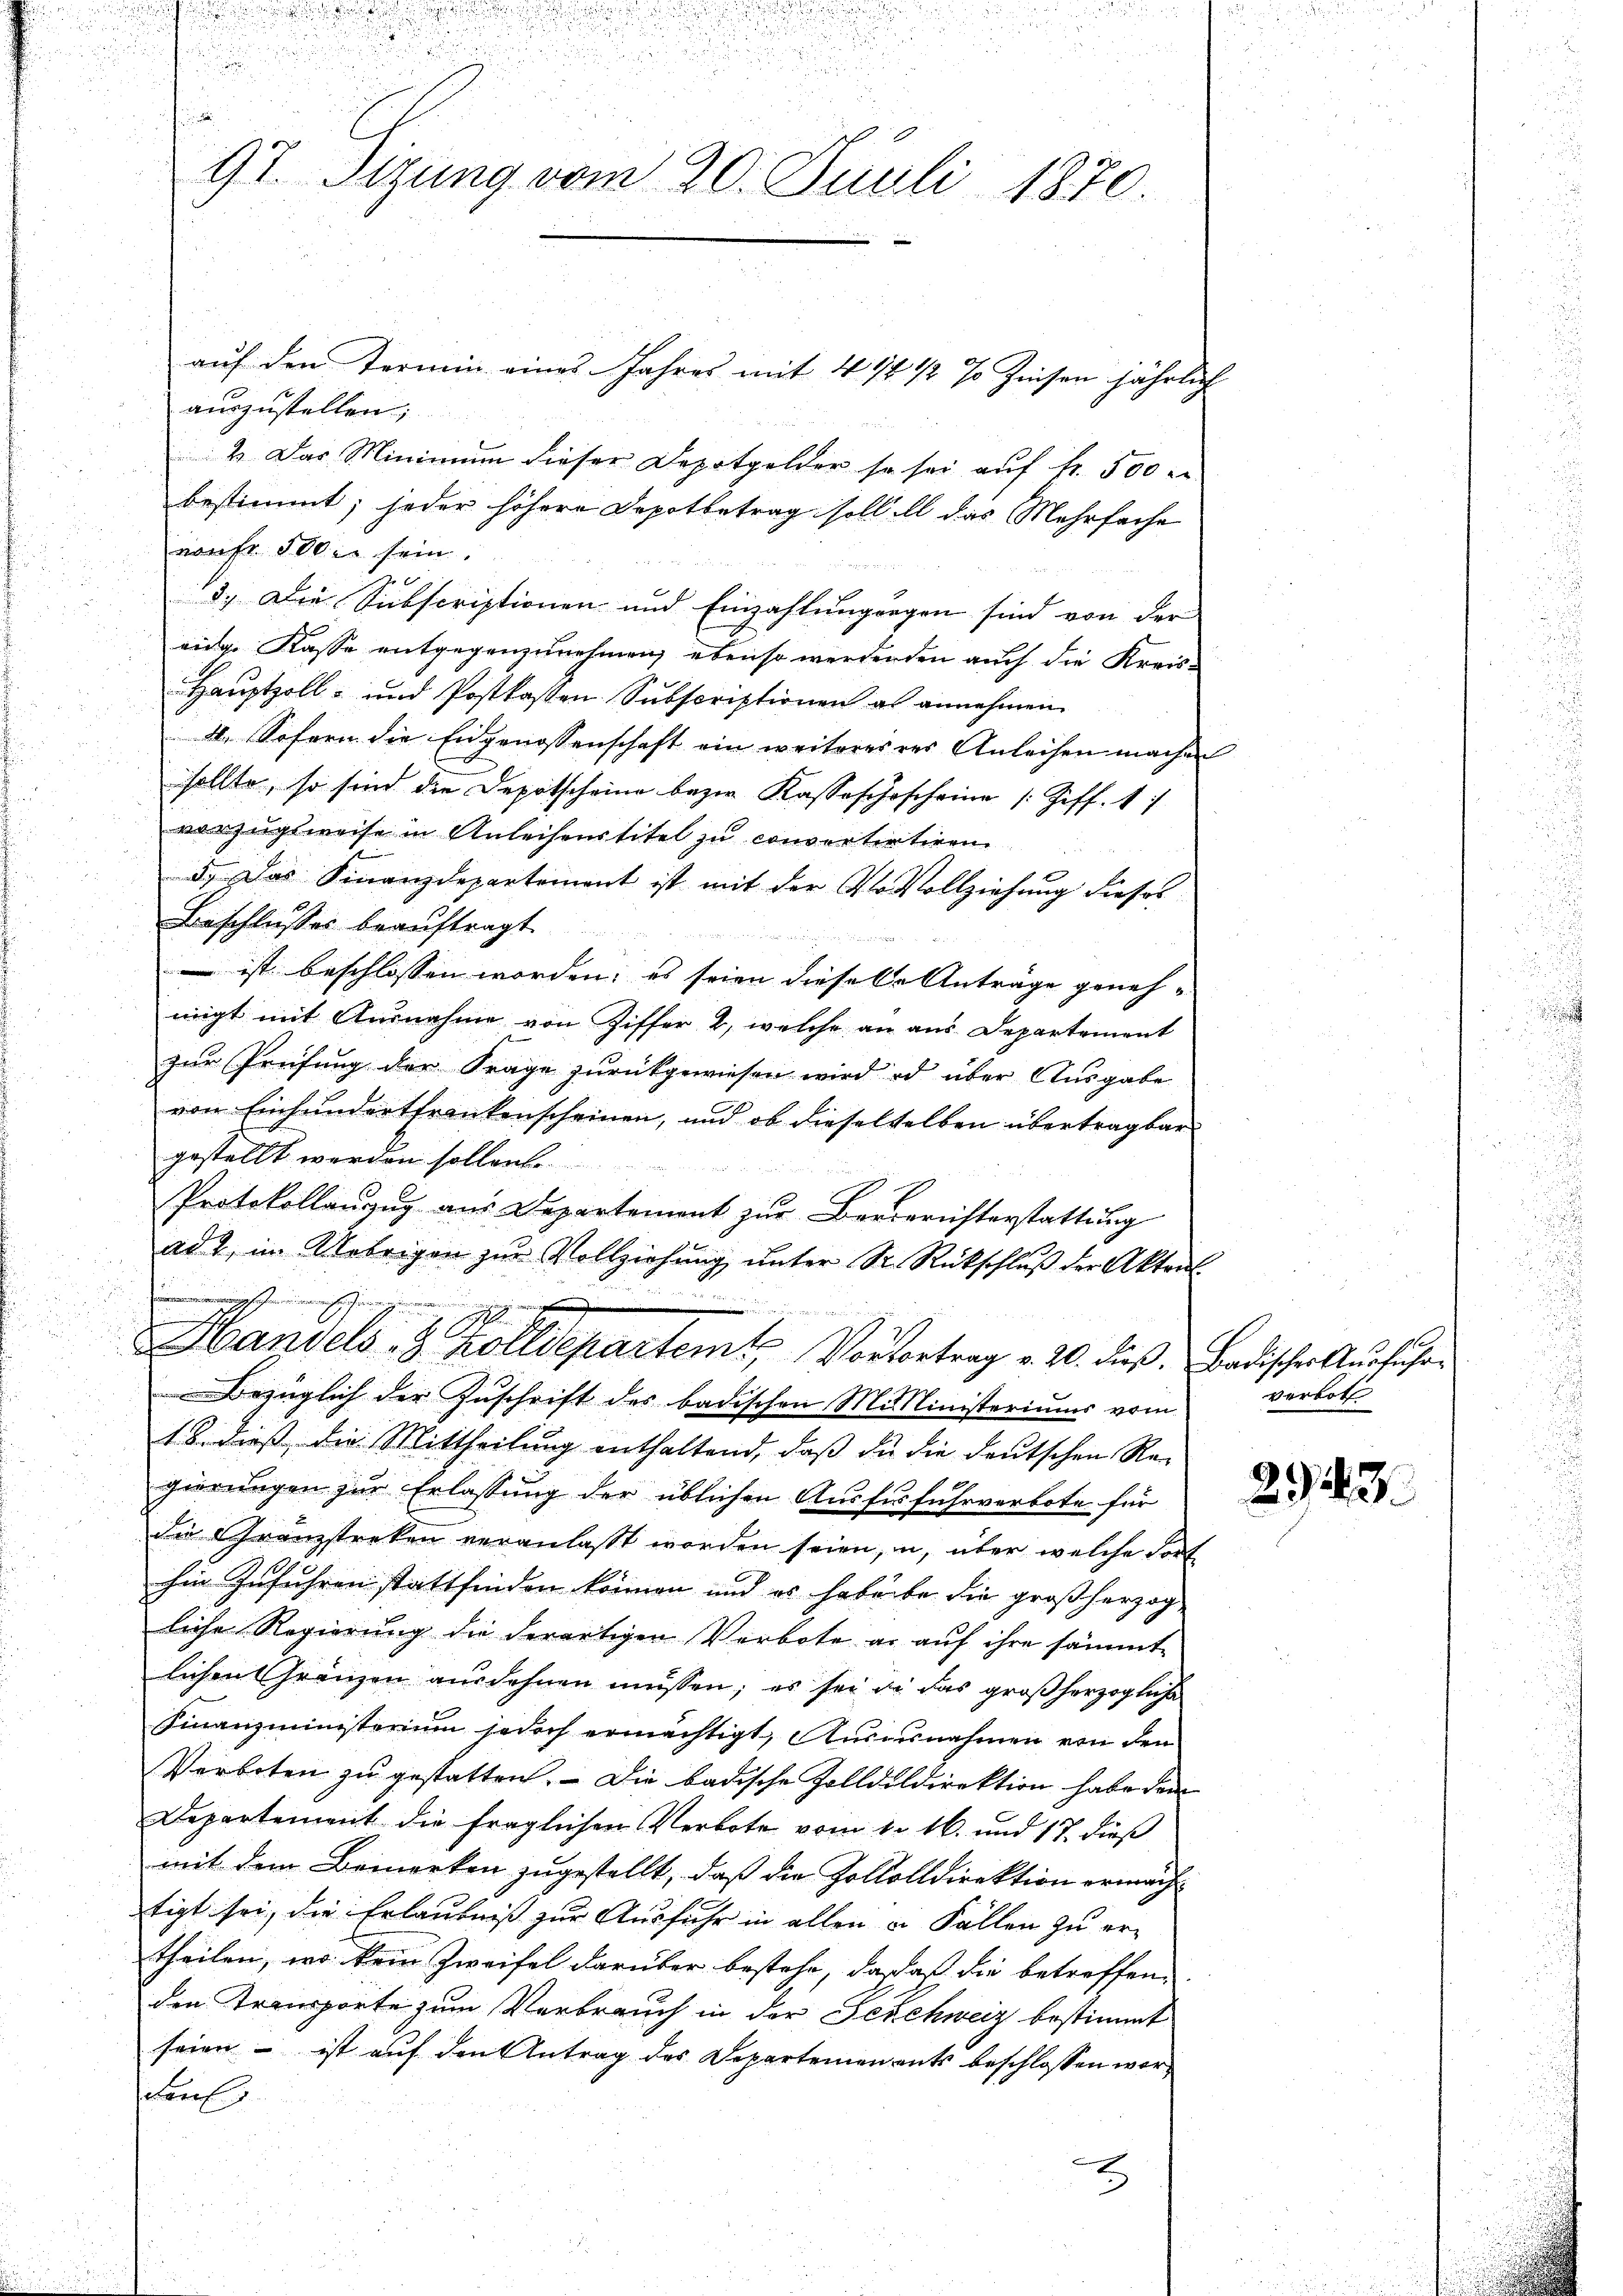
i
.
i
97. Sizung vom 20. Juli 1870.

aŭf den Termin eines Jahres mit 4 1/2 1/2 % Zinsen jährlich
auszustellen;
2. Das Minimum dieser Depotgelder so sei auf fr. 500
bestimmt; jeder höhere Depotbetrag soll ill das Mehrfache
naufe de sein.
  ich gegen
20
13.) Die Subscriptionen und Einzahlungungen sind von der
eidg. Kasse entgegenzunehmen; ebenso werdenden auch die Kreis¬
Hauptzoll- und Postkassen Subscriptionen es annehmen.
4. Sofern die Eidgenossenschaft ein weiteres rer Anleihen machen
sollte, so sind die Depotscheine bezer Kassaschoscheine (Ziff. 17
vorzugsweise in Anleihenstitel zu convertertiren
5. Das Finanzdepartement ist mit der 4to Vollziehung dieses
Beschlusses beauftragt.
   den
 ist beschlossen worden; es seien diesele Anträge geneh-
nigt mit Ausnahme von Ziffer 2, welche an aus Departement
zur Prüfung der Frage zurückgewiesen wird od über Ausgabe
von Einhundertfrankenscheinen, und ob dieselselben übertragbar
gestellt werden sollen.
Protokollanzug aus Departement zŭr Beereristerstattung
ad 2, im Uebrigen zŭr Vollziehŭng ŭnter Sr. Rückschlŭβ der Aktens
.
Handels- & Zolldepartemt, Vorbertrag v. 20. dieß. Badischer Ausführ
Bezüglich der Zuschrift des badischen Misslinisteriums vom
18. diess die Mittheilung enthaltend, daß die die deutschen Regierungen zur Erlassung der üblichen Ausfüsfuhrverbote für
die Granzstreken veranlasst worden seien, u. über welche dort
hin Zuführen stattfinden können und es habente die großherzog
liche Regierung die derartigen Verbote er auf ihre sämmt-
lichen Gränzen ausdehnen müssen; es sei de das großherzogliche
Finanzministerium jedoch ermächtigt, Ausnahmen von den
Verboten zu gestatten. — Die badische Zolldildirektion habe dem
Departement die fraglichen Verbote vom 1. 16. und 17. dieß
mit dem Bemerken zugestellt, daß die Zollolldirektion ermachtigt sei, die Erlaubniß zur Ausfuhr in allen u. Fällen zu ertheilen, wo kein Zweifel darüber bestehe, daß daß die betreffen-
den Transporte zum Verbrauch in der Feichweiz bestimmt
seien - ist auf den Antrag des Departemenants beschlossen wor¬
Faul

verboth

23.